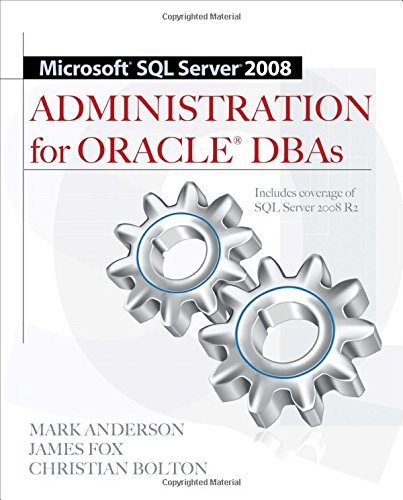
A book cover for Microsoft SQL Server 2008 Administration for Oracle DBAs; Mark Anderson; Computers & Technology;